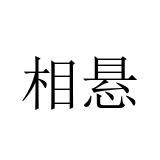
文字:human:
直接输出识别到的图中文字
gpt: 相悬